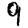
Digit: 9